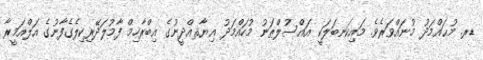
ޑރ. މުޙައްމަދު މުނައްވަރެވެ. މައިކަނބަލަކީ އައްސުލްޠަނު މުހައްމަދު ޣިޔާޘއްދީނުގެ އިބްރާހިމް ފާމުލަދޭރިކިލެގެފާނުގެ އަލްއަމީރާ